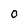
Character: 0